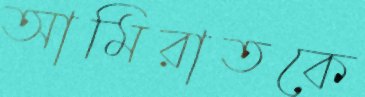
আমিরাতকে